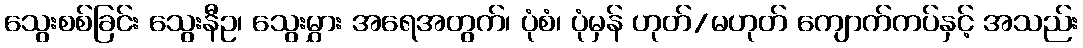
သွေးစစ်ခြင်း သွေးနီဥ၊ သွေးမွှား အရေအတွက်၊ ပုံစံ၊ ပုံမှန် ဟုတ်/မဟုတ် ကျောက်ကပ်နှင့် အသည်း